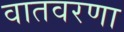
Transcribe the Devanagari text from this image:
वातवरणा